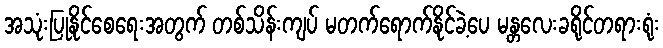
အသုံးပြုနိုင်စေရေးအတွက် တစ်သိန်းကျပ် မတက်ရောက်နိုင်ခဲ့ပေ မန္တလေးခရိုင်တရားရုံး